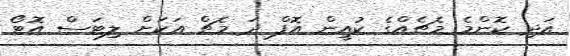
އަދި ކޮންމެ މެޗެއްގެ ކުއީން އޮފް ދަ މެޗް އަކަށް ލިޓަސް އޮޓޯ